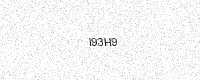
Text: I93H9